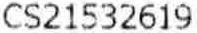
CS21532619